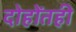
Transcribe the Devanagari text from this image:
दोहोंतही